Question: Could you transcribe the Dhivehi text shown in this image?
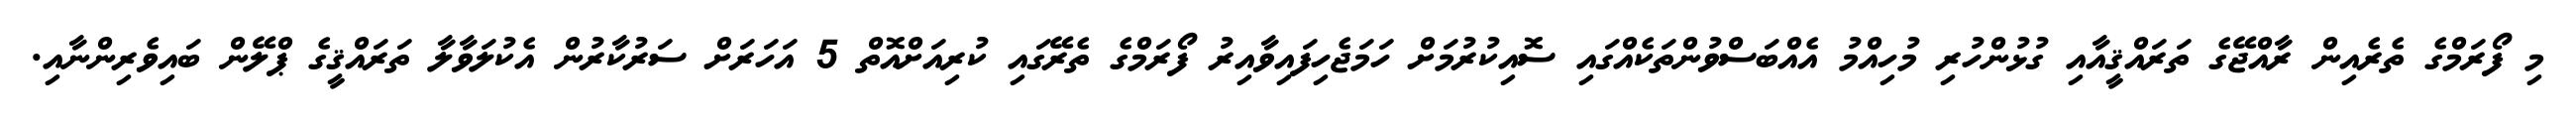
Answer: މި ފޯރަމްގެ ތެރެއިން ރާއްޖޭގެ ތަރައްޤީއާއި ގުޅުންހުރި މުހިއްމު އެއްބަސްވުންތަކެއްގައި ސޮއިކުރުމަށް ހަމަޖެހިފައިވާއިރު ފޯރަމްގެ ތެރޭގައި ކުރިއަށްއޮތް 5 އަހަރަށް ސަރުކާރުން އެކުލަވާލާ ތަރައްޤީގެ ޕްލޭން ބައިވެރިންނާއި.